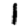
Digit: 1